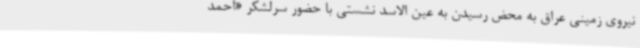
نیروی زمینی عراق به محض رسیدن به عین الاسد نشستی با حضور سرلشکر «احمد